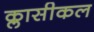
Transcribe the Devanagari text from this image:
क्लासीकल